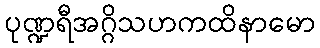
ပုဏ္ဍရီအဂ္ဂိသဟကထိနာမော